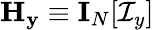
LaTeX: \mathbf{H}_{\mathbf{y}}\equiv\mathbf{I}_{N}[\mathcal{I}_{y}]